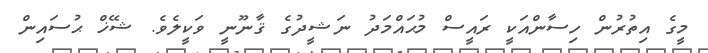
މީގެ އިތުރުން ހިސާންއަކީ ރައީސް މުޙައްމަދު ނަޝީދުގެ ޤާނޫނީ ވަކީލެވެ. ޝޭޚް ޙުސައިން